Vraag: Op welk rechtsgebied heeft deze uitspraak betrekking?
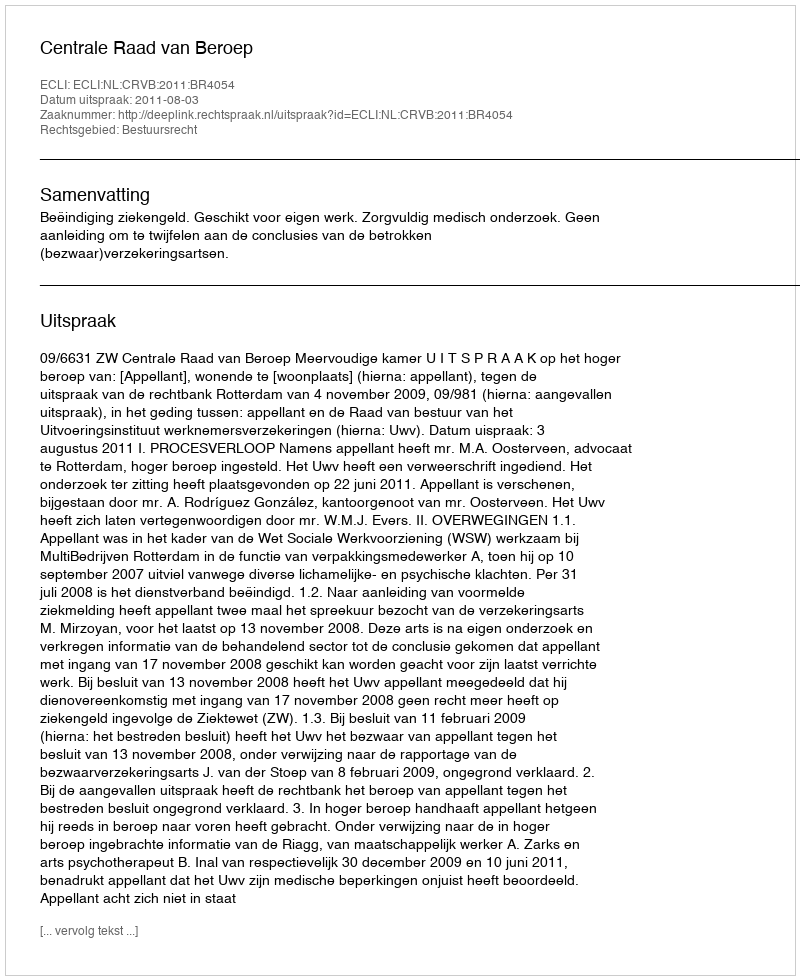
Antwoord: Bestuursrecht